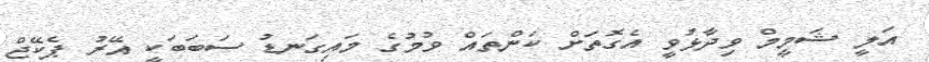
އަލީ ޝަމީމް ވިދާޅުވީ އެގޮތަށް ކަންތައް ވުމުގެ މައިގަނޑު ސަބަބަކީ އޭރު ޕެކޭޖް